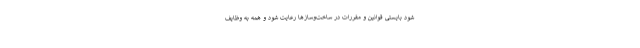
شود بایستی قوانین و مقررات در ساخت‌وسازها رعایت شود و همه به وظایف